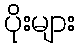
ပိုးများ